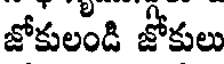
జోకులండి జోకులు